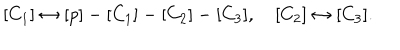
[ C _ { 1 } ] \leftrightarrow [ p ] - [ C _ { 1 } ] - [ C _ { 2 } ] - [ C _ { 3 } ] , \quad [ C _ { 2 } ] \leftrightarrow [ C _ { 3 } ] .